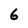
Character: 6